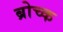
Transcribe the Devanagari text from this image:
ब्रोच्क